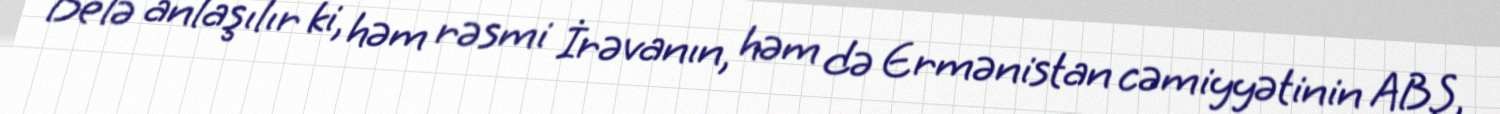
Belə anlaşılır ki, həm rəsmi İrəvanın, həm də Ermənistan cəmiyyətinin ABŞ,